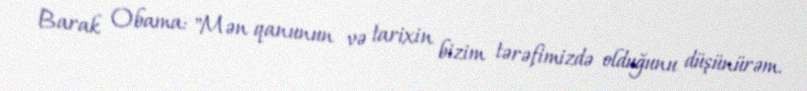
Barak Obama: "Mən qanunun və tarixin bizim tərəfimizdə olduğunu düşünürəm.